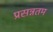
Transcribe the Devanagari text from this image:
प्रसन्नतम